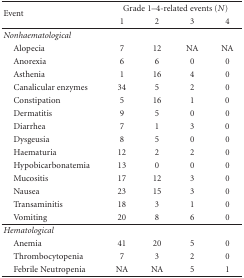
| <ROWSPAN=2> Event | <COLSPAN=4> Grade 1–4-related events (N) |
 | 1 | 2 | 3 | 4 |
 | --- | --- | --- | --- | --- |
 | Nonhaematological |  |  |  |  |
 | Alopecia | 7 | 12 | NA | NA |
 | Anorexia | 6 | 6 | 0 | 0 |
 | Asthenia | 1 | 16 | 4 | 0 |
 | Canalicular enzymes | 34 | 5 | 2 | 0 |
 | Constipation | 5 | 16 | 1 | 0 |
 | Dermatitis | 9 | 5 | 0 | 0 |
 | Diarrhea | 7 | 1 | 3 | 0 |
 | Dysgeusia | 8 | 5 | 0 | 0 |
 | Haematuria | 12 | 2 | 2 | 0 |
 | Hypobicarbonatemia | 13 | 0 | 0 | 0 |
 | Mucositis | 17 | 12 | 3 | 0 |
 | Nausea | 23 | 15 | 3 | 0 |
 | Transaminitis | 18 | 3 | 1 | 0 |
 | Vomiting | 20 | 8 | 6 | 0 |
 | Hematological |  |  |  |  |
 | Anemia | 41 | 20 | 5 | 0 |
 | Thrombocytopenia | 7 | 3 | 2 | 0 |
 | Febrile Neutropenia | NA | NA | 5 | 1 |